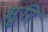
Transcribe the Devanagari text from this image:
भुरि